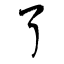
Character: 了